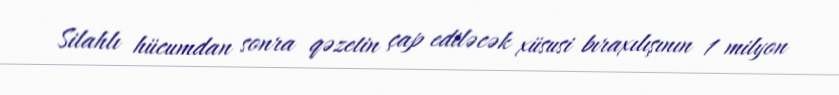
Silahlı hücumdan sonra qəzetin çap ediləcək xüsusi bıraxılışının 1 milyon